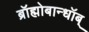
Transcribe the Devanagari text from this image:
ब्रॉह्मोबान्धॉब्